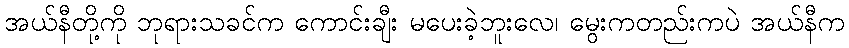
အယ်နီတို့ကို ဘုရားသခင်က ကောင်းချီး မပေးခဲ့ဘူးလေ၊ မွေးကတည်းကပဲ အယ်နီက